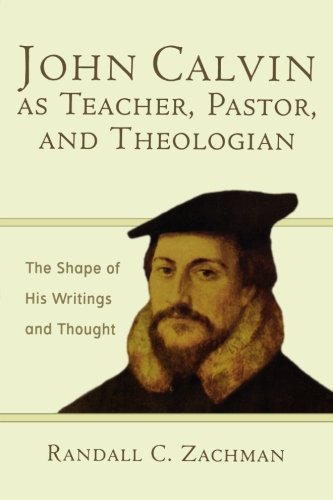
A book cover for John Calvin as Teacher, Pastor, and Theologian: The Shape of His Writings and Thought; Randall C. Zachman; Christian Books & Bibles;